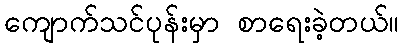
ကျောက်သင်ပုန်းမှာ စာရေးခဲ့တယ်။